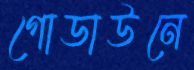
গোডাউনে